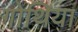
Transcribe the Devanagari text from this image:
गोथिया